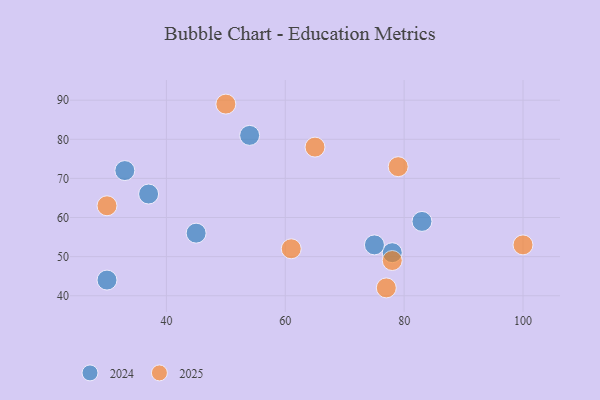
{"axis": {"x": "GDP", "y": "Life Expectancy"}, "legend": ["2024", "2025"], "data": [{"x": "45", "y": 56, "type": "2024"}, {"x": "83", "y": 59, "type": "2024"}, {"x": "30", "y": 44, "type": "2024"}, {"x": "33", "y": 72, "type": "2024"}, {"x": "37", "y": 66, "type": "2024"}, {"x": "54", "y": 81, "type": "2024"}, {"x": "78", "y": 51, "type": "2024"}, {"x": "75", "y": 53, "type": "2024"}, {"x": "100", "y": 53, "type": "2025"}, {"x": "61", "y": 52, "type": "2025"}, {"x": "79", "y": 73, "type": "2025"}, {"x": "30", "y": 63, "type": "2025"}, {"x": "50", "y": 89, "type": "2025"}, {"x": "65", "y": 78, "type": "2025"}, {"x": "78", "y": 49, "type": "2025"}, {"x": "77", "y": 42, "type": "2025"}]}